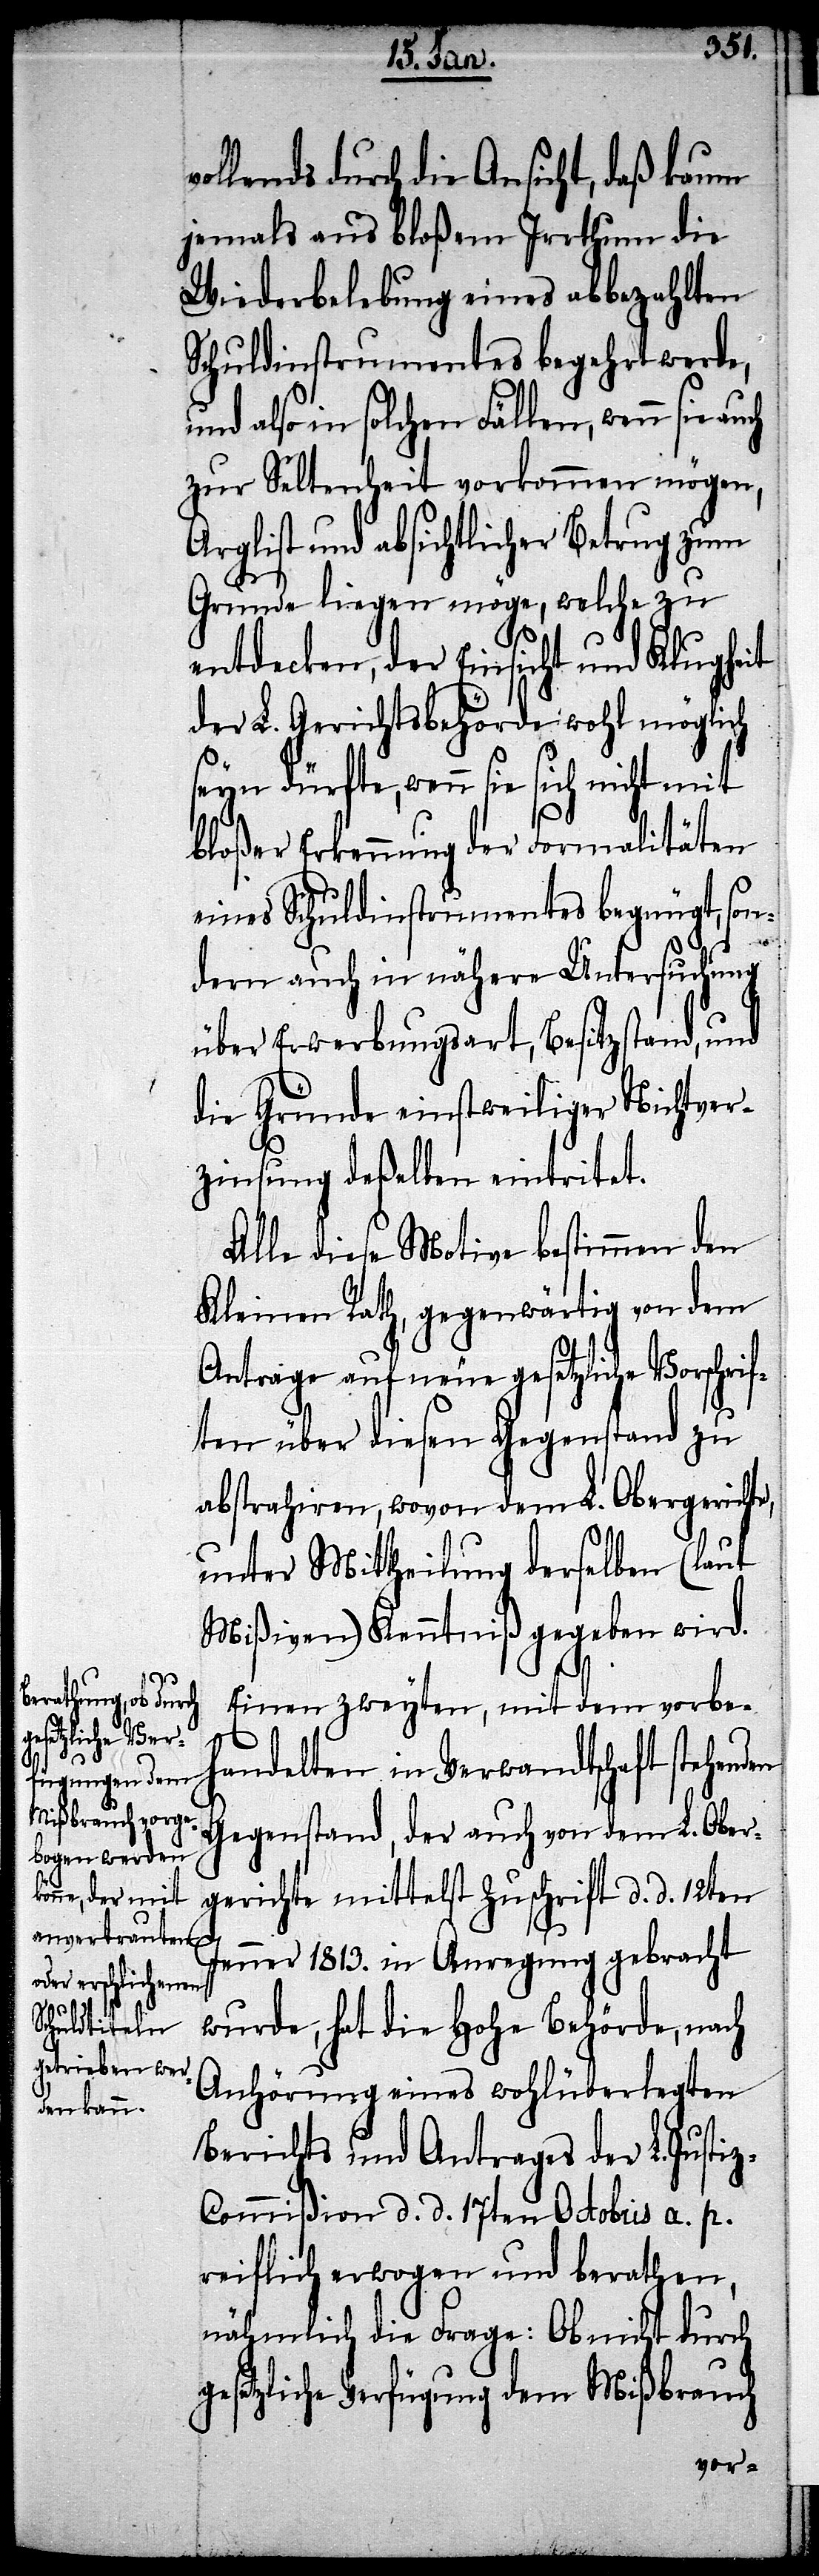
ollends durch die Ansicht, daß kaum
jemals aus bloßem Irrthum die
Wiederbelebung eines abbezahlten
Schuldinstrumentes begehrt werde,
und also in solchen Fällen, wenn sie au¬
zur Seltenheit vorkommen mögen,
Arglist und absichtlicher Betrug zum
Grunde liegen möge, welche zu
entdecken, der Einsicht und Klugheit
der L. Gerichtsbehörde wohl möglich
seyn dürfte, wenn sie sich nicht mit
bloßer Erkennung der Formalitäten
eines Schuldinstrumentes begnügt, son¬
dern auch in nähere Untersuchung
über Erwerbungsart, Besitzstand, und
die Gründe einstweiliger Nichtver¬
zinsung deßelben eintritet.
Alle diese Motive bestimmen den
Kleinen Rath, gegenwärtig von dem
Antrage auf neue gesetzliche Vorschrif¬
ten über diesen Gegenstand zu
abstrahiren, wovon dem L. Obergerichte,
unter Mittheilung derselben (laut
Mißiven) Kenntniß gegeben wird.
den
Einen zweyten, mit dem vorbe¬
handelten in Verwandtschaft stehen¬
Gegenstand, der auch von dem L. Ober¬
gerichte mittelst Zuschrift d. d. 12ten
Jenner 1813. in Anregung gebracht
wurde, hat die Hohe Behörde, nach
Anhörung eines wohlüberlegten
Berichts und Antrages der L. Justi¬
z-Commißion d. d. 17ten Octobris a. p.
reiflich erwogen und berathen,
nähmlich die Frage: Ob nicht durch
gesetzliche Verfügung dem Mißbrauch